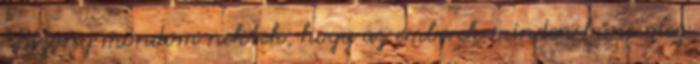
“Bizony mondom nektek, hogy az emberek minden bűne meg